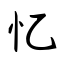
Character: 忆